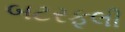
બટરફૂલી